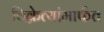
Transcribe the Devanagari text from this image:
विक्रेत्यांमार्फत